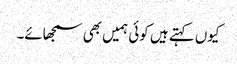
کیوں کہتے ہیں کوئی ہمیں بھی سمجھائے۔